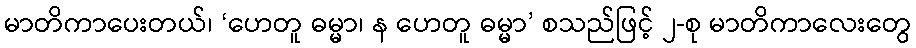
မာတိကာပေးတယ်၊ ‘ဟေတူ ဓမ္မာ၊ န ဟေတူ ဓမ္မာ’ စသည်ဖြင့် ၂-စု မာတိကာလေးတွေ